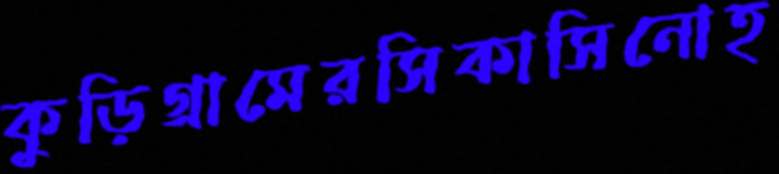
কুড়িগ্রামেরসিকাসিনোহ